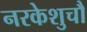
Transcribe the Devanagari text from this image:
नरकेशुचौ